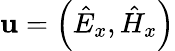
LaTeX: \mathbf{u}=\left(\hat{E}_{x},\hat{H}_{x}\right)